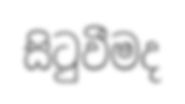
සිටුවීමද